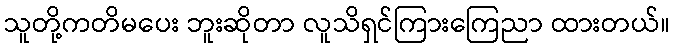
သူတို့ကတိမပေး ဘူးဆိုတာ လူသိရှင်ကြားကြေညာ ထားတယ်။